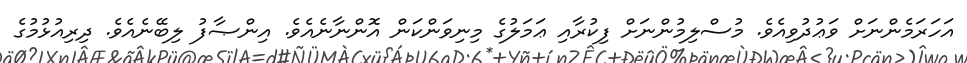
އަހަރަމެންނަށް ވަޢުދުވިއެވެ. މުސްލިމުންނަށް ފިކުރާއި ޢަމަލުގެ މިނިވަންކަން އޮންނާނެއެވެ. އިންޞާފު ލިބޭނެއެވެ. ދިރިއުޅުމުގެ